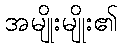
အမျိုးမျိုး၏